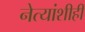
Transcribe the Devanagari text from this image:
नेत्यांशीही